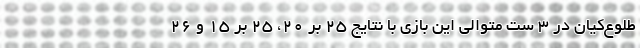
طلوع‌کیان در 3 ست متوالی این بازی با نتایج 25 بر 20، 25 بر 15 و 26